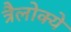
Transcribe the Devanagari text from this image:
त्रैलोक्ये